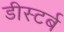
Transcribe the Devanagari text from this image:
डीस्टर्ब